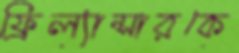
ফ্রিল্যান্সারকে